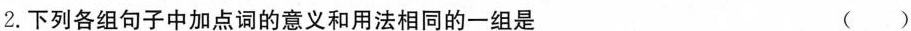
2.下列各组句子中加点词的意义和用法相同的一组是 ()